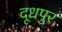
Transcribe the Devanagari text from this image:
दूधपुर